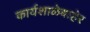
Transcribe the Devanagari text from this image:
कार्यशाळेबाहेर